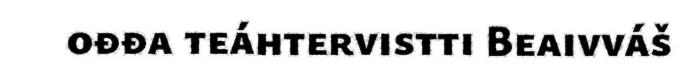
ođđa teáhtervistti Beaivváš